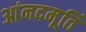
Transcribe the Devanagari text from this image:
आंनदमूर्ति